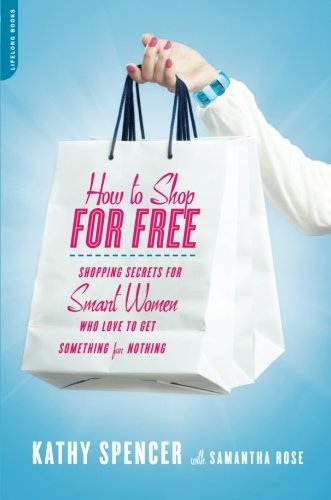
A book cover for How to Shop for Free: Shopping Secrets for Smart Women Who Love to Get Something for Nothing; Kathy Spencer; Reference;